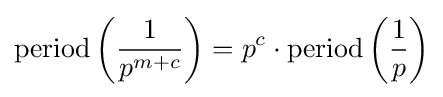
{\text{period}}\left({\frac {1}{p^{m+c}}}\right)=p^{c}\cdot {\text{period}}\left({\frac {1}{p}}\right)